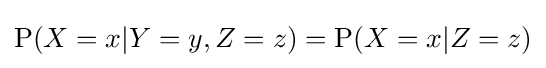
\mathrm {P} (X=x|Y=y,Z=z)=\mathrm {P} (X=x|Z=z)